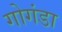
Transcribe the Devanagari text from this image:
गोगंडा